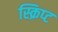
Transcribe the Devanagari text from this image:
स्क्रिप्‍ट